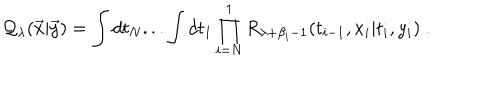
{ \cal Q } _ { \lambda } ( { \vec { x } } | { \vec { y } } ) = \int d t _ { N } . . . \int d t _ { 1 } \prod _ { i = N } ^ { 1 } R _ { \lambda + \beta _ { i } - 1 } ( t _ { i - 1 } , x _ { i } | t _ { i } , y _ { i } ) ~ .